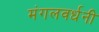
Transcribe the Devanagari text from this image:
मंगलवर्धनी